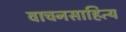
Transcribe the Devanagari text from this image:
वाचनसाहित्य